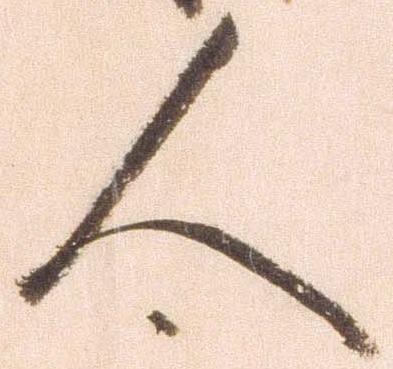
人